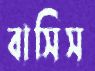
বাসিস